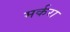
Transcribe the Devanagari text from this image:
मर्करा